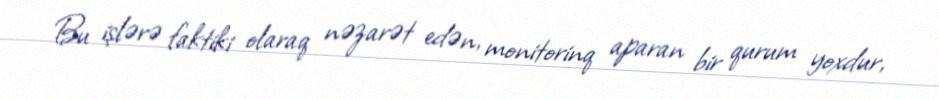
Bu işlərə faktiki olaraq nəzarət edən, monitorinq aparan bir qurum yoxdur,